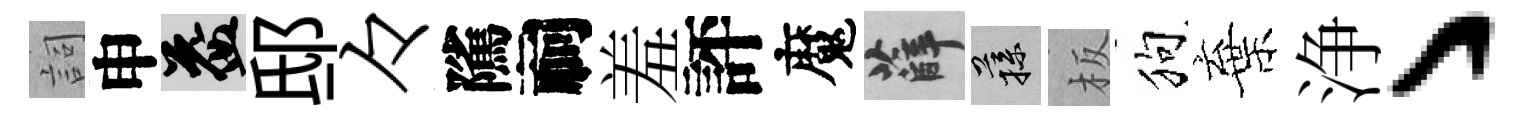
詞申益邸々隲祠羞評魔薛蓀板狗棄浄丶